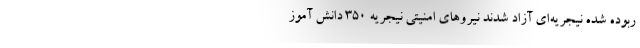
ربوده شده نیجریه‌ای آزاد شدند نیروهای امنیتی نیجریه ۳۵۰ دانش آموز